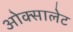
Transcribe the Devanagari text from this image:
ओक्सालेट